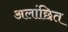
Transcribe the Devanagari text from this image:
अलांछित